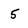
Character: 5